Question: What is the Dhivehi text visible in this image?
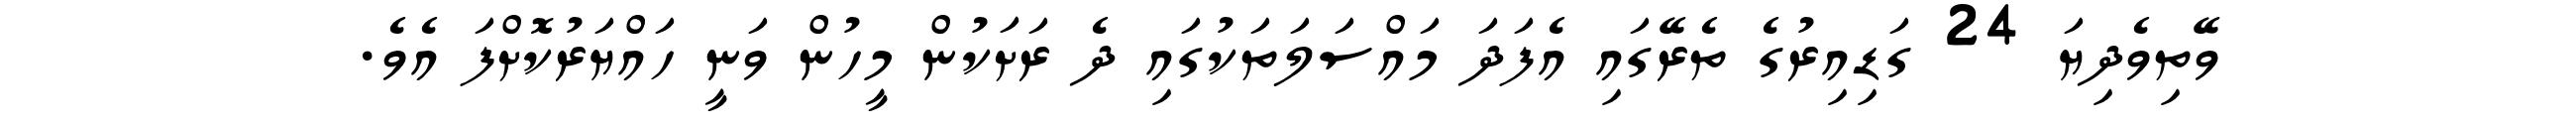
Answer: ވޭތިވެދިޔަ 24 ގަޑިއިރުގެ ތެރޭގައި އެފަދަ މައްސަލަތަކުގައި ދެ ރަށަކުން މީހުން ވަނީ ހައްޔަރުކޮށްފަ އެވެ.